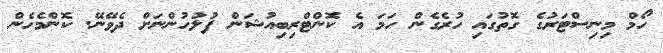
ހޯމް މިނިސްޓަރުގެ ގޮތުގައި ހުރެގެން ހަމަ އެ ކޮންޓްރިބިއުޝަން ފުލުހުންނަށް ދެވޭނޭ. ކޮންމެހެން